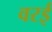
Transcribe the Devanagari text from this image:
वरई